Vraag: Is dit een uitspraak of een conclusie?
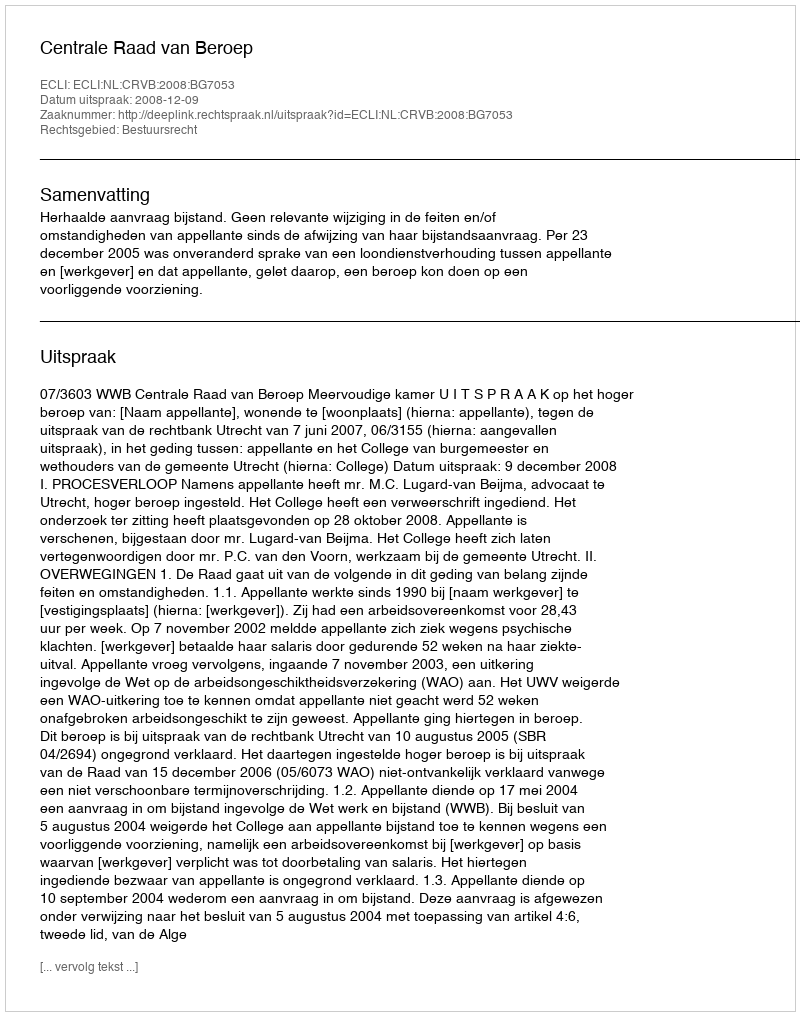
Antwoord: Uitspraak